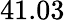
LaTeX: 41.03